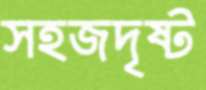
সহজদৃষ্ট